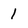
Character: 1